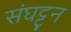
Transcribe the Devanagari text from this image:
संघट्टन